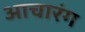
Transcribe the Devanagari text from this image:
आचारंग